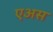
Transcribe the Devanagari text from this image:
एअस